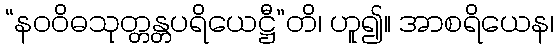
“နဝဝိဓသုတ္တန္တပရိယေဋ္ဌီ”တိ၊ ဟူ၍။ အာစရိယေန၊